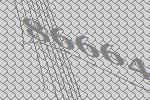
86664